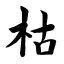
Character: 枯